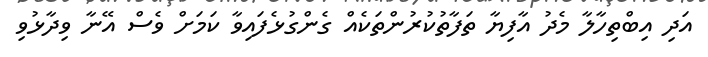
އަދި އިބްތިހާލާ މެދު އާފިޔާ ތަފާތުކުރުންތަކެއް ގެންގުޅެފައިވާ ކަމަށް ވެސް އޭނާ ވިދާޅުވި